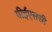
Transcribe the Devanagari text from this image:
पीईएससी